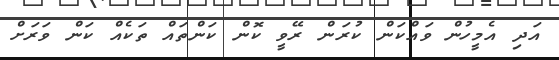
އަދި އެމީހުން ވައްކަން ކުރަން ރޭވީ ކޮން ކަންތައް ތަކެއް ކަން ވަރަށް